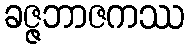
ခဇ္ဇဘာဇကဿ